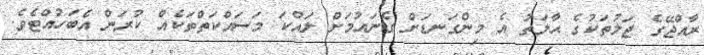
ރާއްޖޭގެ ޖަލުތަކުގެ ޙާލަތު އެ މިންގަނޑަށް ގެނައުމަށް ލައްކަ މަސައްކަތްތަކެއް ކުރަން އެބަހުއްޓެވެ.